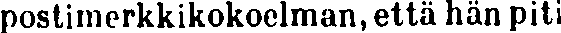
postimerkkikokoelman, että hän piti